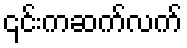
၎င်းကဆက်လက်